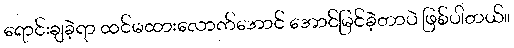
ရောင်းချခဲ့ရာ ထင်မထားလောက်အောင် အောင်မြင်ခဲ့တာပဲ ဖြစ်ပါတယ်။